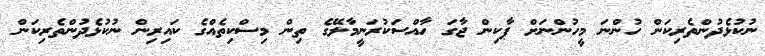
ނުކުޅެދުންތެރިކަން ހުންނަ މީހުންނަށް ޕާކިން ޖާގަ ހާއްސަކުރަނީމާލޭގެ ތިން މިސްކިތެއްގެ ކައިރިން ނުކުޅެދުންތެރިކަން